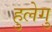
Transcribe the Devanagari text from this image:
हुलेगु